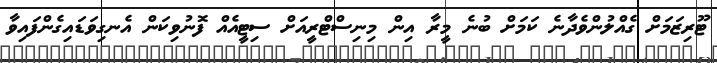
ޓޫރިޒަމަށް ގެއްލުންވެދާނެ ކަމަށް ބުނެ މީރާ އިން މިނިސްޓްރީއަށް ސިޓީއެއް ފޮނުވިކަން އެނގިވަޑައިގެންފައިވާ